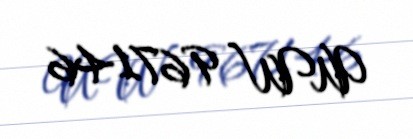
UW 967146